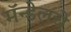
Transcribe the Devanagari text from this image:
मॅन्डेलचे